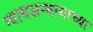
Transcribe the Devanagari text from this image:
न्यायअन्यायाच्या